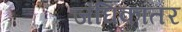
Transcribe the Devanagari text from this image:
जंघिकांतर